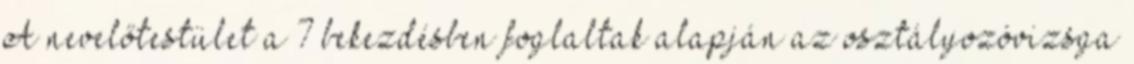
A nevelőtestület a 7 bekezdésben foglaltak alapján az osztályozóvizsga